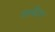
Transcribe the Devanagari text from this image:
वरजिन